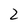
Character: 2